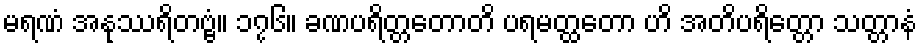
မရဏံ အနုဿရိတဗ္ဗံ။ ၁၇၆။ ခဏပရိတ္တတောတိ ပရမတ္ထတော ဟိ အတိပရိတ္တော သတ္တာနံ